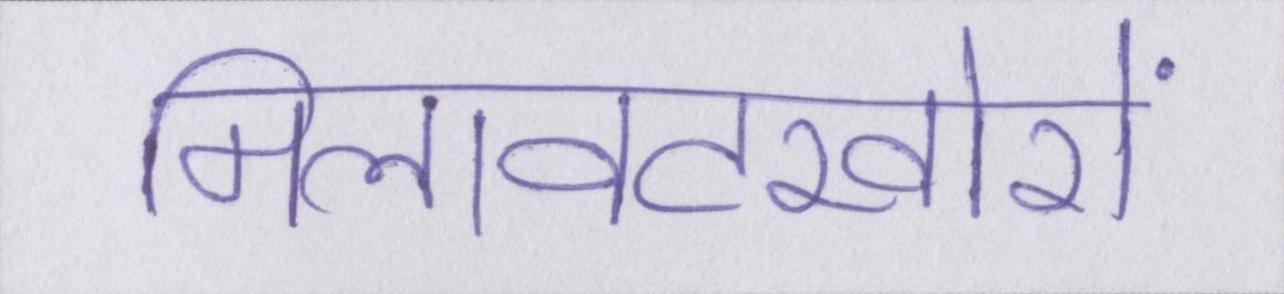
मिलावटखोरों